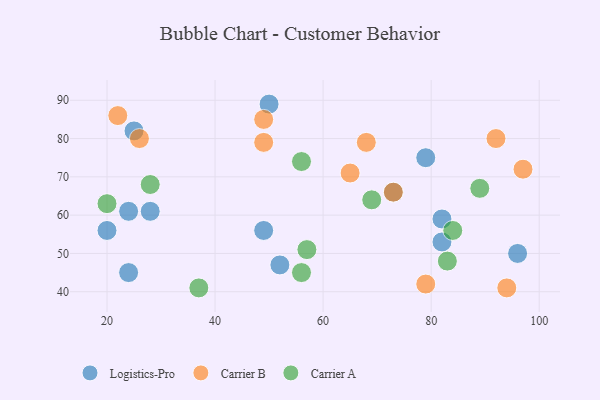
{"axis": {"x": "GDP", "y": "Life Expectancy"}, "legend": ["Carrier A", "Carrier B", "Logistics-Pro"], "data": [{"x": "24", "y": 61, "type": "Logistics-Pro"}, {"x": "52", "y": 47, "type": "Logistics-Pro"}, {"x": "28", "y": 61, "type": "Logistics-Pro"}, {"x": "73", "y": 66, "type": "Logistics-Pro"}, {"x": "49", "y": 56, "type": "Logistics-Pro"}, {"x": "20", "y": 56, "type": "Logistics-Pro"}, {"x": "50", "y": 89, "type": "Logistics-Pro"}, {"x": "82", "y": 59, "type": "Logistics-Pro"}, {"x": "79", "y": 75, "type": "Logistics-Pro"}, {"x": "25", "y": 82, "type": "Logistics-Pro"}, {"x": "96", "y": 50, "type": "Logistics-Pro"}, {"x": "82", "y": 53, "type": "Logistics-Pro"}, {"x": "24", "y": 45, "type": "Logistics-Pro"}, {"x": "65", "y": 71, "type": "Carrier B"}, {"x": "79", "y": 42, "type": "Carrier B"}, {"x": "68", "y": 79, "type": "Carrier B"}, {"x": "26", "y": 80, "type": "Carrier B"}, {"x": "22", "y": 86, "type": "Carrier B"}, {"x": "94", "y": 41, "type": "Carrier B"}, {"x": "49", "y": 79, "type": "Carrier B"}, {"x": "92", "y": 80, "type": "Carrier B"}, {"x": "97", "y": 72, "type": "Carrier B"}, {"x": "49", "y": 85, "type": "Carrier B"}, {"x": "73", "y": 66, "type": "Carrier B"}, {"x": "57", "y": 51, "type": "Carrier A"}, {"x": "37", "y": 41, "type": "Carrier A"}, {"x": "20", "y": 63, "type": "Carrier A"}, {"x": "28", "y": 68, "type": "Carrier A"}, {"x": "69", "y": 64, "type": "Carrier A"}, {"x": "84", "y": 56, "type": "Carrier A"}, {"x": "89", "y": 67, "type": "Carrier A"}, {"x": "83", "y": 48, "type": "Carrier A"}, {"x": "56", "y": 45, "type": "Carrier A"}, {"x": "56", "y": 74, "type": "Carrier A"}]}